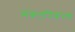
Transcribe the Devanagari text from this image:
संकटनिवारण